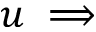
u \implies